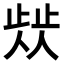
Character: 𣦁